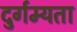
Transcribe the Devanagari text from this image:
दुर्गम्यता